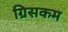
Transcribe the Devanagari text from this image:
ग्रिसकम